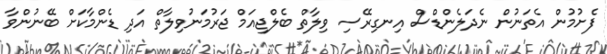
ފެށުމުން އެތަނުން ނެދަލެންޑްސް އިނގިރޭސި ވިލާތް ބެލްޖިއަމް ޖަރުމަނުވިލާތް އަދި ޑެންމާކަށް ބޭނުންވާ